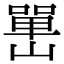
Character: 𡼯